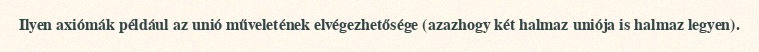
Ilyen axiómák például az unió műveletének elvégezhetősége (azazhogy két halmaz uniója is halmaz legyen).